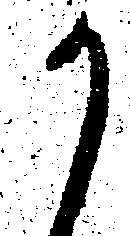
か